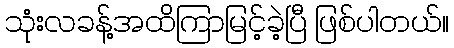
သုံးလခန့်အထိကြာမြင့်ခဲ့ပြီ ဖြစ်ပါတယ်။